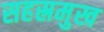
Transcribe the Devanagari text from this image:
सहस्रमुख